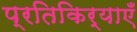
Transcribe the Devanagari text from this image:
प्रतिकिर्याएँ